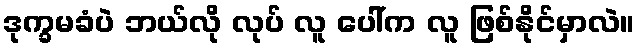
ဒုက္ခမခံပဲ ဘယ်လို လုပ် လူ ပေါ်က လူ ဖြစ်နိုင်မှာလဲ။